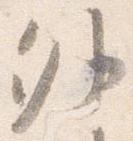
外